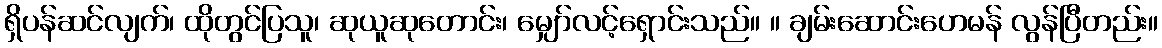
ရှိပန်ဆင်လျက်၊ ထိုတွင်ပြသူ၊ ဆုယူဆုတောင်း၊ မျှော်လင့်ရှောင်းသည်။ ။ ချမ်းဆောင်းဟေမန် လွန်ပြီတည်း။